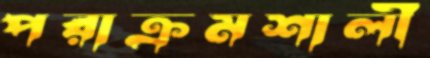
পরাক্রমশালী